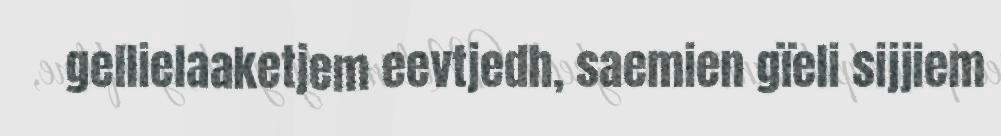
gellielaaketjem eevtjedh, saemien gïeli sijjiem